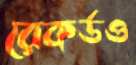
রেকর্ডও